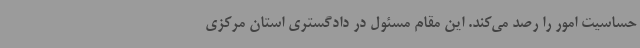
حساسیت امور را رصد می‌کند. این مقام مسئول در دادگستری استان مرکزی